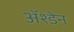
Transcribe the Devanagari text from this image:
ॲश्डेन